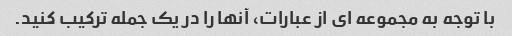
با توجه به مجموعه ای از عبارات، آنها را در یک جمله ترکیب کنید.